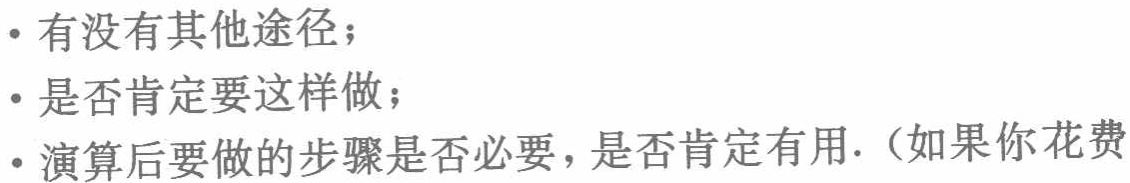
- 有没有其他途径；

- 是否肯定要这样做；

- 演算后要做的步骤是否必要，是否肯定有用.（如果你花费